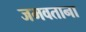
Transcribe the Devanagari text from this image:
जमवताना